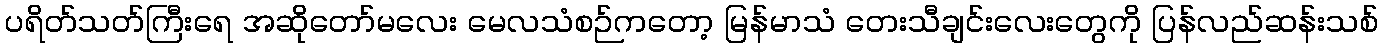
ပရိတ်သတ်ကြီးရေ အဆိုတော်မလေး မေလသံစဉ်ကတော့ မြန်မာသံ တေးသီချင်းလေးတွေကို ပြန်လည်ဆန်းသစ်